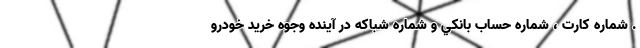
. شماره كارت ، شماره حساب بانكي و شماره شباكه در آينده وجوه خريد خودرو